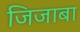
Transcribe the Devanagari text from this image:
जिजाबा